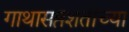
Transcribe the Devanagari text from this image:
गाथासप्तशतीच्या